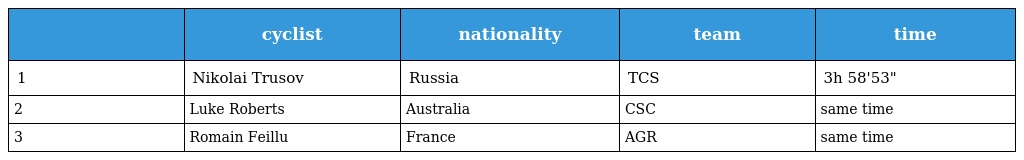
|  | cyclist | nationality | team | time |
 | --- | --- | --- | --- | --- |
 | 1 | Nikolai Trusov | Russia | TCS | 3h 58'53" |
 | 2 | Luke Roberts | Australia | CSC | same time |
 | 3 | Romain Feillu | France | AGR | same time |